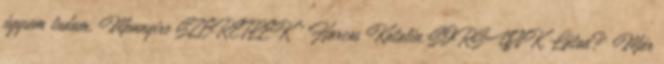
úgysem tudom. Mennyire SZERETLEK " Harcos Katalin:SORSUNK. Látod? Már